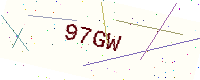
Text: 97GW